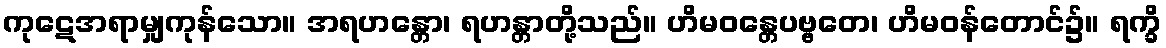
ကုဋေအရာမျှကုန်သော။ အရဟန္တော၊ ရဟန္တာတို့သည်။ ဟိမဝန္တေပဗ္ဗတေ၊ ဟိမဝန်တောင်၌။ ရက္ခိ